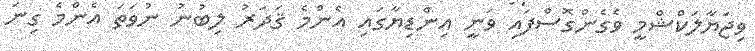
ވިޖަޔާލަކްޝްމީ ވެގެންގޮސްފައި ވަނީ އިންޑިޔާގައި އެންމެ ޤަދަރު ލިބުނު ނުވަތަ އެންމެ ގިނަ